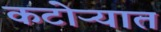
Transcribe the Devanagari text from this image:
कटोऱ्यात